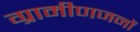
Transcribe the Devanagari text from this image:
ग्रामीणजनों